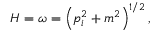
H = \omega = \left( { p } _ { i } ^ { 2 } + m ^ { 2 } \right) ^ { 1 / 2 } ,